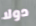
دولا